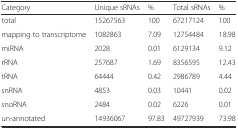
<table><thead><tr><td><b>Category</b></td><td><b>Unique sRNAs</b></td><td><b>%</b></td><td><b>Total sRNAs</b></td><td><b>%</b></td></tr></thead><tbody><tr><td>total</td><td>15267563</td><td>100</td><td>67217124</td><td>100</td></tr><tr><td>mapping to transcriptome</td><td>1082863</td><td>7.09</td><td>12754484</td><td>18.98</td></tr><tr><td>miRNA</td><td>2028</td><td>0.01</td><td>6129134</td><td>9.12</td></tr><tr><td>rRNA</td><td>257687</td><td>1.69</td><td>8356595</td><td>12.43</td></tr><tr><td>tRNA</td><td>64444</td><td>0.42</td><td>2986789</td><td>4.44</td></tr><tr><td>snRNA</td><td>4853</td><td>0.03</td><td>10441</td><td>0.02</td></tr><tr><td>snoRNA</td><td>2484</td><td>0.02</td><td>6226</td><td>0.01</td></tr><tr><td>un-annotated</td><td>14936067</td><td>97.83</td><td>49727939</td><td>73.98</td></tr></tbody></table>